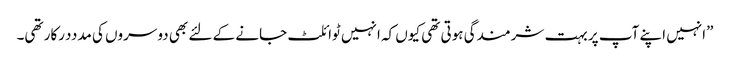
”انہیں اپنے آپ پر بہت شرمندگی ہوتی تھی کیوں کہ انہیں ٹوائلٹ جانے کے لئے بھی دوسروں کی مدددرکار تھی۔